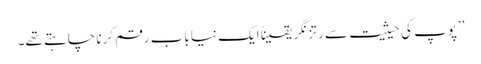
’’پوپ کی حیثیت سے رتزنگر یقیناً ایک نیا باب رقم کرنا چاہتے تھے۔